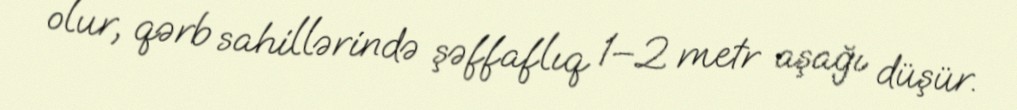
olur, qərb sahillərində şəffaflıq 1–2 metr aşağı düşür.